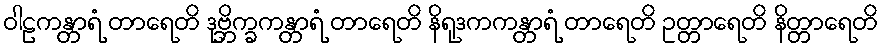
ဝါဠကန္တာရံ တာရေတိ ဒုဗ္ဘိက္ခကန္တာရံ တာရေတိ နိရုဒကကန္တာရံ တာရေတိ ဥတ္တာရေတိ နိတ္တာရေတိ